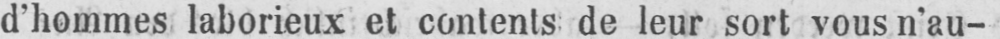
d’hommes laborieux et contents de leur sort vous n’au-